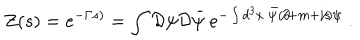
Z ( s ) = e ^ { - \Gamma s ) } = \int { \cal D } \psi { \cal D } \bar { \psi } ~ e ^ { - \int d ^ { 3 } x ~ \bar { \psi } ( \partial \! \! \! / + m + i s \! \! \! / ) \psi } \; .